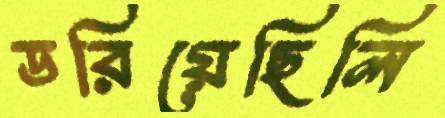
ডরিয়েছিলি